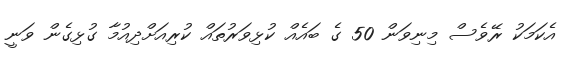
އެކަމަކު ރޭވެސް މިނިވަން 50 ގެ ބައެއް ކުޅިވަރުތައް ކުރިއަށްދިއުމާ ގުޅިގެން ވަނީ